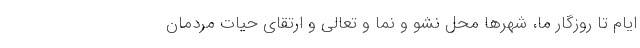
ایام تا روزگار ما، شهرها محل نشو و نما و تعالی و ارتقای حیات مردمان